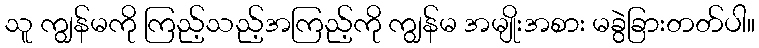
သူ ကျွန်မကို ကြည့်သည့်အကြည့်ကို ကျွန်မ အမျိုးအစား မခွဲခြားတတ်ပါ။